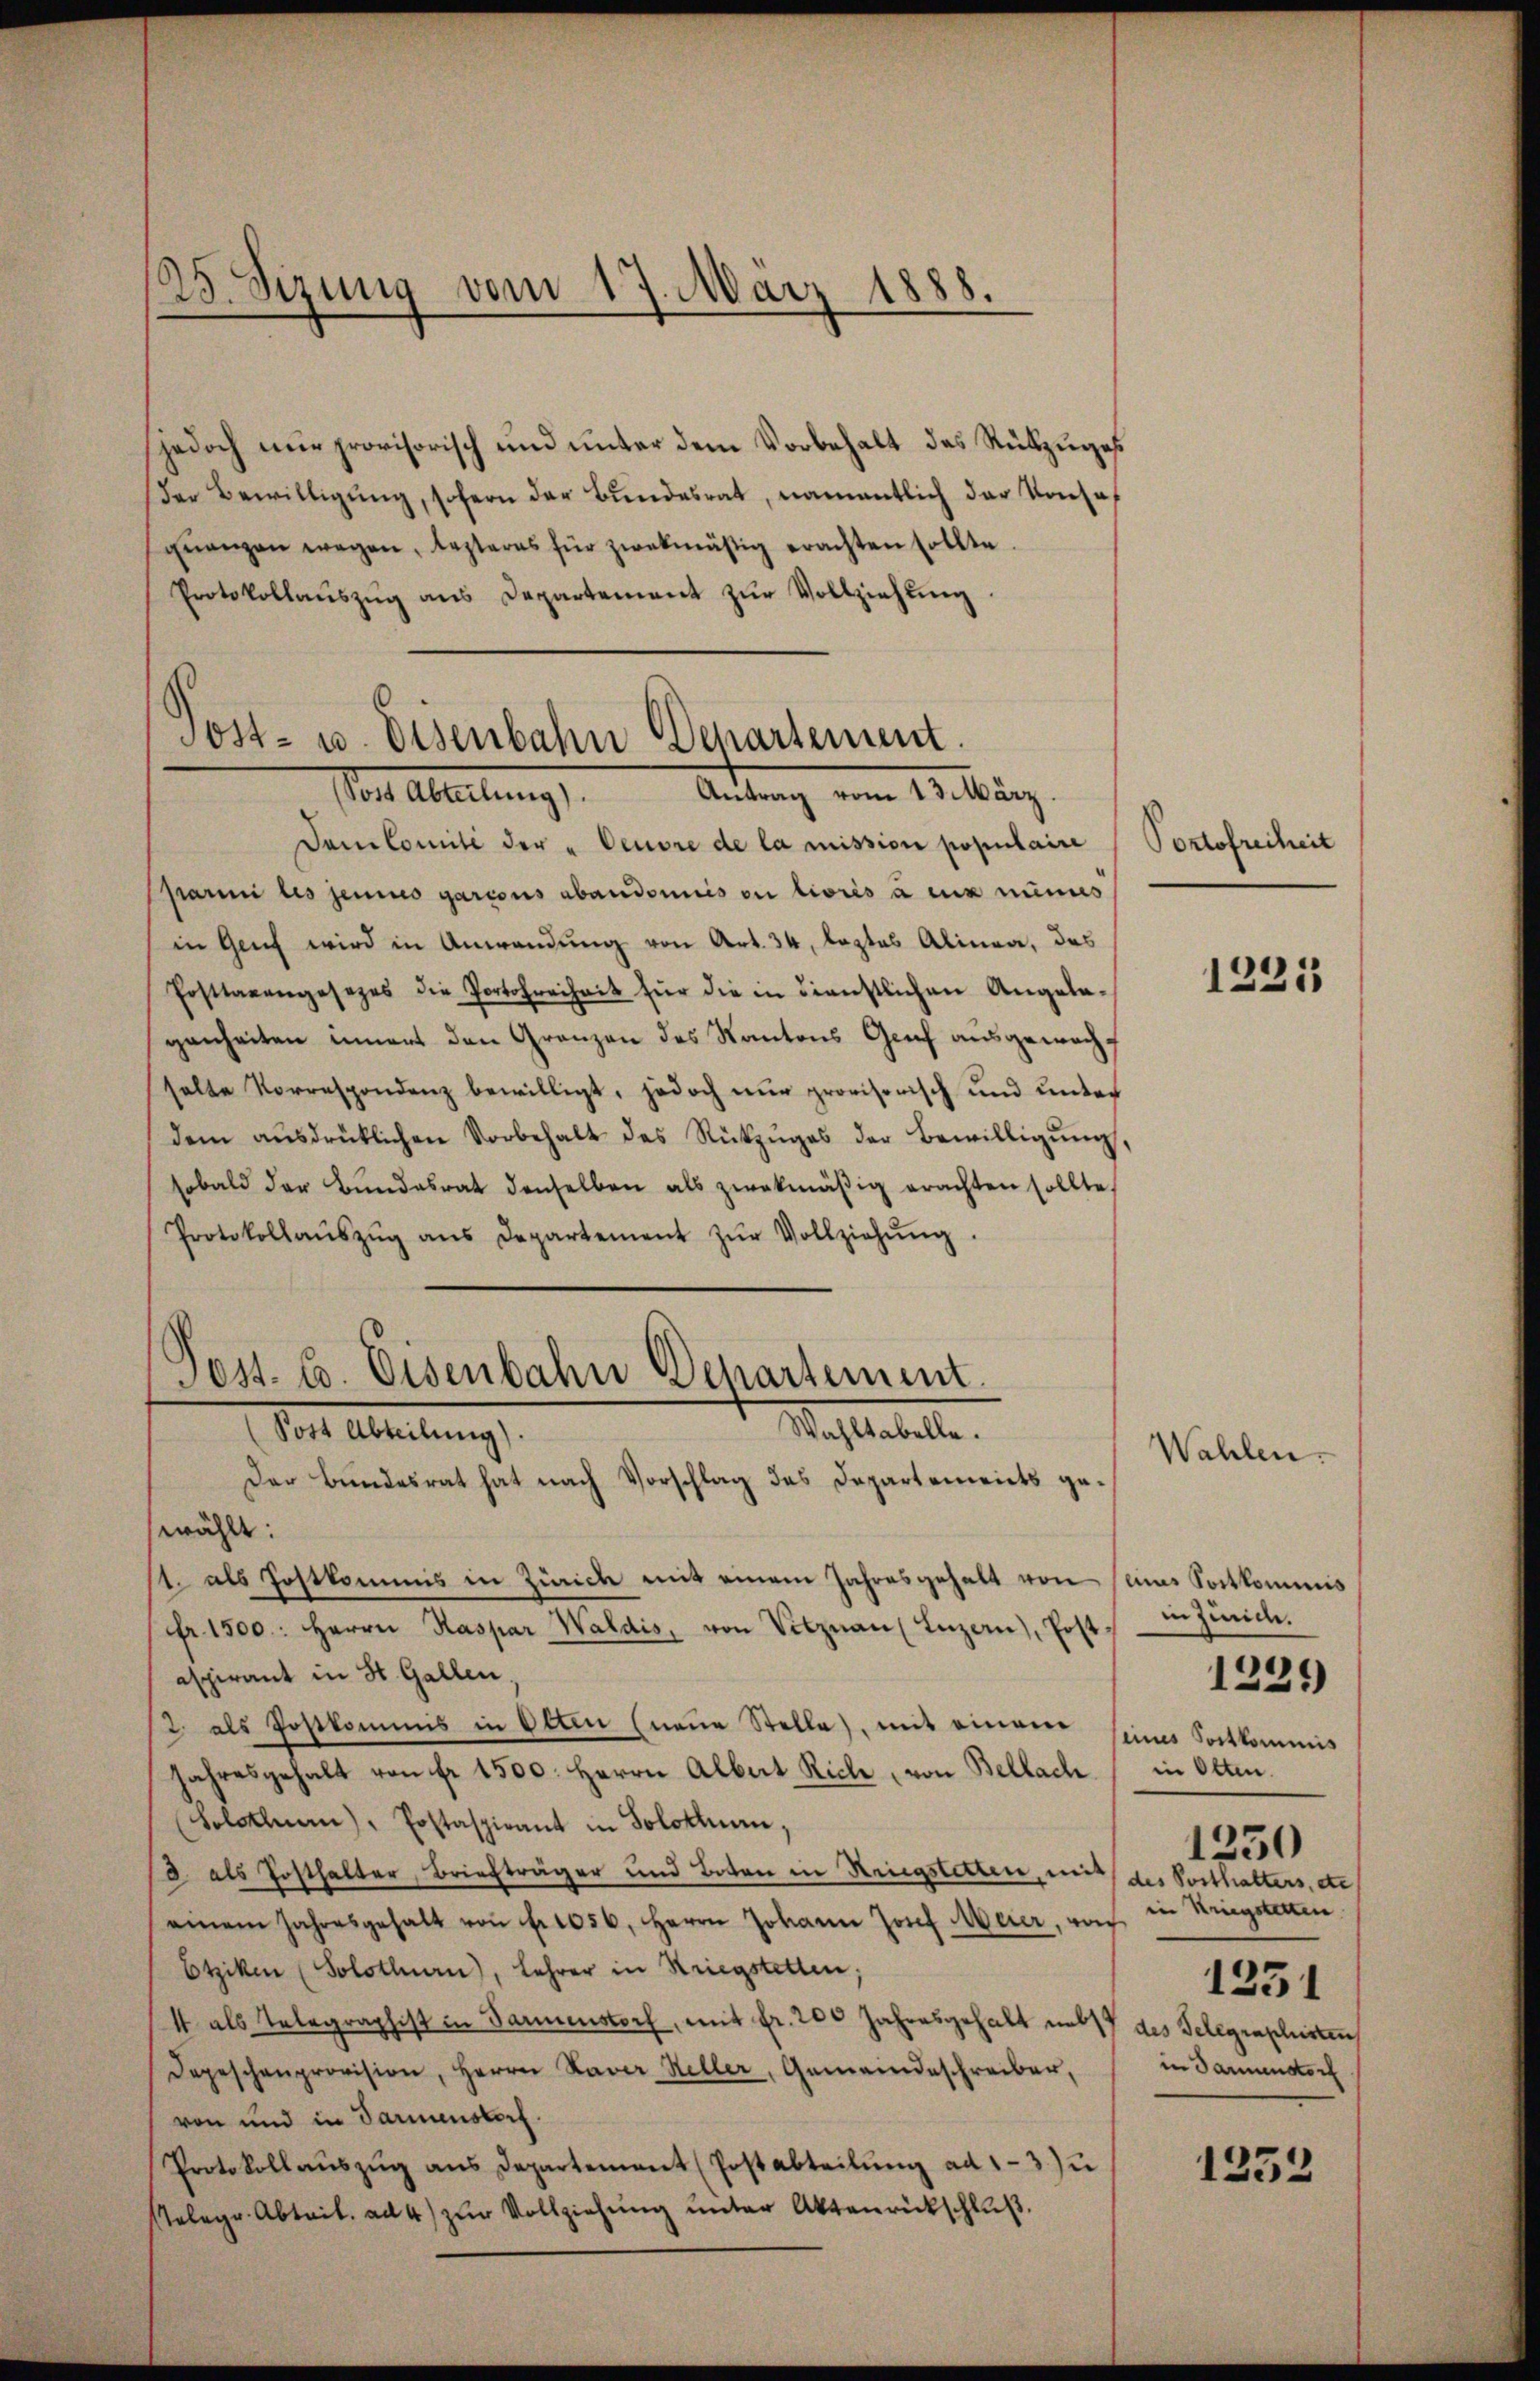
125. Sizung vom 17. März 1888.

jedoch nur provisorisch und unter dem Vorbehalt das Rückzuges
der Bewilligŭng, sofern der Bŭndesrat, namentlich der Konsof
qŭenzen wegen, lezteres für zwekmäßig erachten sollte.
Protokollaŭszŭg ans Departement zŭr Vollziehung
10.

Post- u. Eisenbahn Departement.
Mit Abteilung
Antrag vom 13. März.

Post. C. Eisenbahn Departement.
Mahletete.
(Post Abteilung).
Der Bundesrat hat nach Vorschlag des Departements ge¬

Damlomité der „Ceuvre de la mission populaire
Sparmi les jenes garcons abandoniis ou lioris à ex numes
in Genf wird in Anwendung von Art. 34, leztes Alinea, das
Posttagengesezes die Portofreiheit für die in dienstlichen Angelagenheiten innert den Granzen des Kantons Genf ausgewacht
halte Korrespondenz bewilligt, jedoch nur provisorisch und unter
dem aŭsdrüklichen Vorbehalt des Rückzŭges der Bewilligŭng,
sobald der Bŭndesrat denselben als zwekmäβig erachten sollte.
Protokollaŭszŭg ans Departement zŭr Vollziehŭng
wählt:
11. als Postkommis in Zürich mit einem Jahresgehalt von
Fr. 1500. Herrn Kaspar Waldis, von Vitznau (Luzern), Post
aspirant in St. Gallen,
2 als Postkommis in Olten (neue Stelle, mit einem seines Sortkommis
Jahresgehalt von fr. 1500. Herrn Albert Riche, von Bellach
(Solothurn), Postaspirant in Solothurn,
d als Posthalter, Briefträger und Toten in Ringsteren, mit des Posthalters, de
einem Jahresgehalt von f. 1056. Herrn Johann Josef Meier, von
Etziken (Solothurn), Lehrer in Kriegstetten;
4 als Telegraphist in Parmenstorf, mit fr. 200 Jahresgehalt und 17 des Telegraphisten
Depeschenprovision, Herrn Haver Heller, Gemeindeschreiber,
von und in Parmensdorf.
Protokoll aŭszŭg ans Departement (Postabteilŭng ad 13) u
Relegr. Abtrit. ad 4) zur Vollziehung unter Aktenrückschluß

Portofreiheit

1221

Wahlen
ains Portkommis
in Zürich.
in Olten.
1250
in Kriegstetten
1231
in Parmenstorf

1231

1253